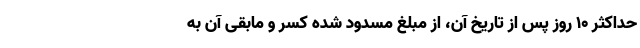
حداکثر ۱۰ روز پس از تاریخ آن، از مبلغ مسدود شده کسر و مابقی آن به